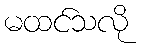
မထင်သလို